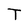
Character: T